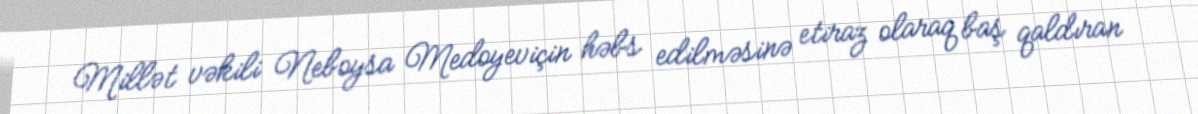
Millət vəkili Neboysa Medoyeviçin həbs edilməsinə etiraz olaraq baş qaldıran